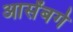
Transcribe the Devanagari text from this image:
आर्सेंबर्ग